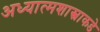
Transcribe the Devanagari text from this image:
अध्यात्मशास्त्राकडे